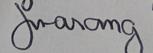
Signature authenticity: genuine